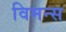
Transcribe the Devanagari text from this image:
विमन्स